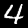
Digit: 4